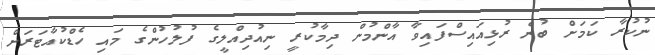
ނުކުރާ ކަމަށް ބުނެ ރުޅިއައިސްފައިވާ އާންމުން ދިމާކުރީ ނިއުދިއްލީގެ ފުލުހުންގެ މައި ހެޑްކުއާޓަރަށް